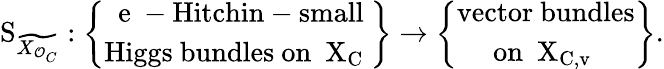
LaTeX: \mathrm{S}_{\widetilde{X_{\mathcal{O}_{C}}}}:\left\{ \begin{array}{cl}{\mathrm{~e~-Hitchin-small}}\\ {\mathrm{Higgs~bundles~on~{\mathcal~X}_C~}}\end{array}\right\} \to\left\{ \begin{array}{cl}{\mathrm{vector~bundles}}\\ {\mathrm{on~{\mathcal~X}_{C,v}~}}\end{array}\right\} .